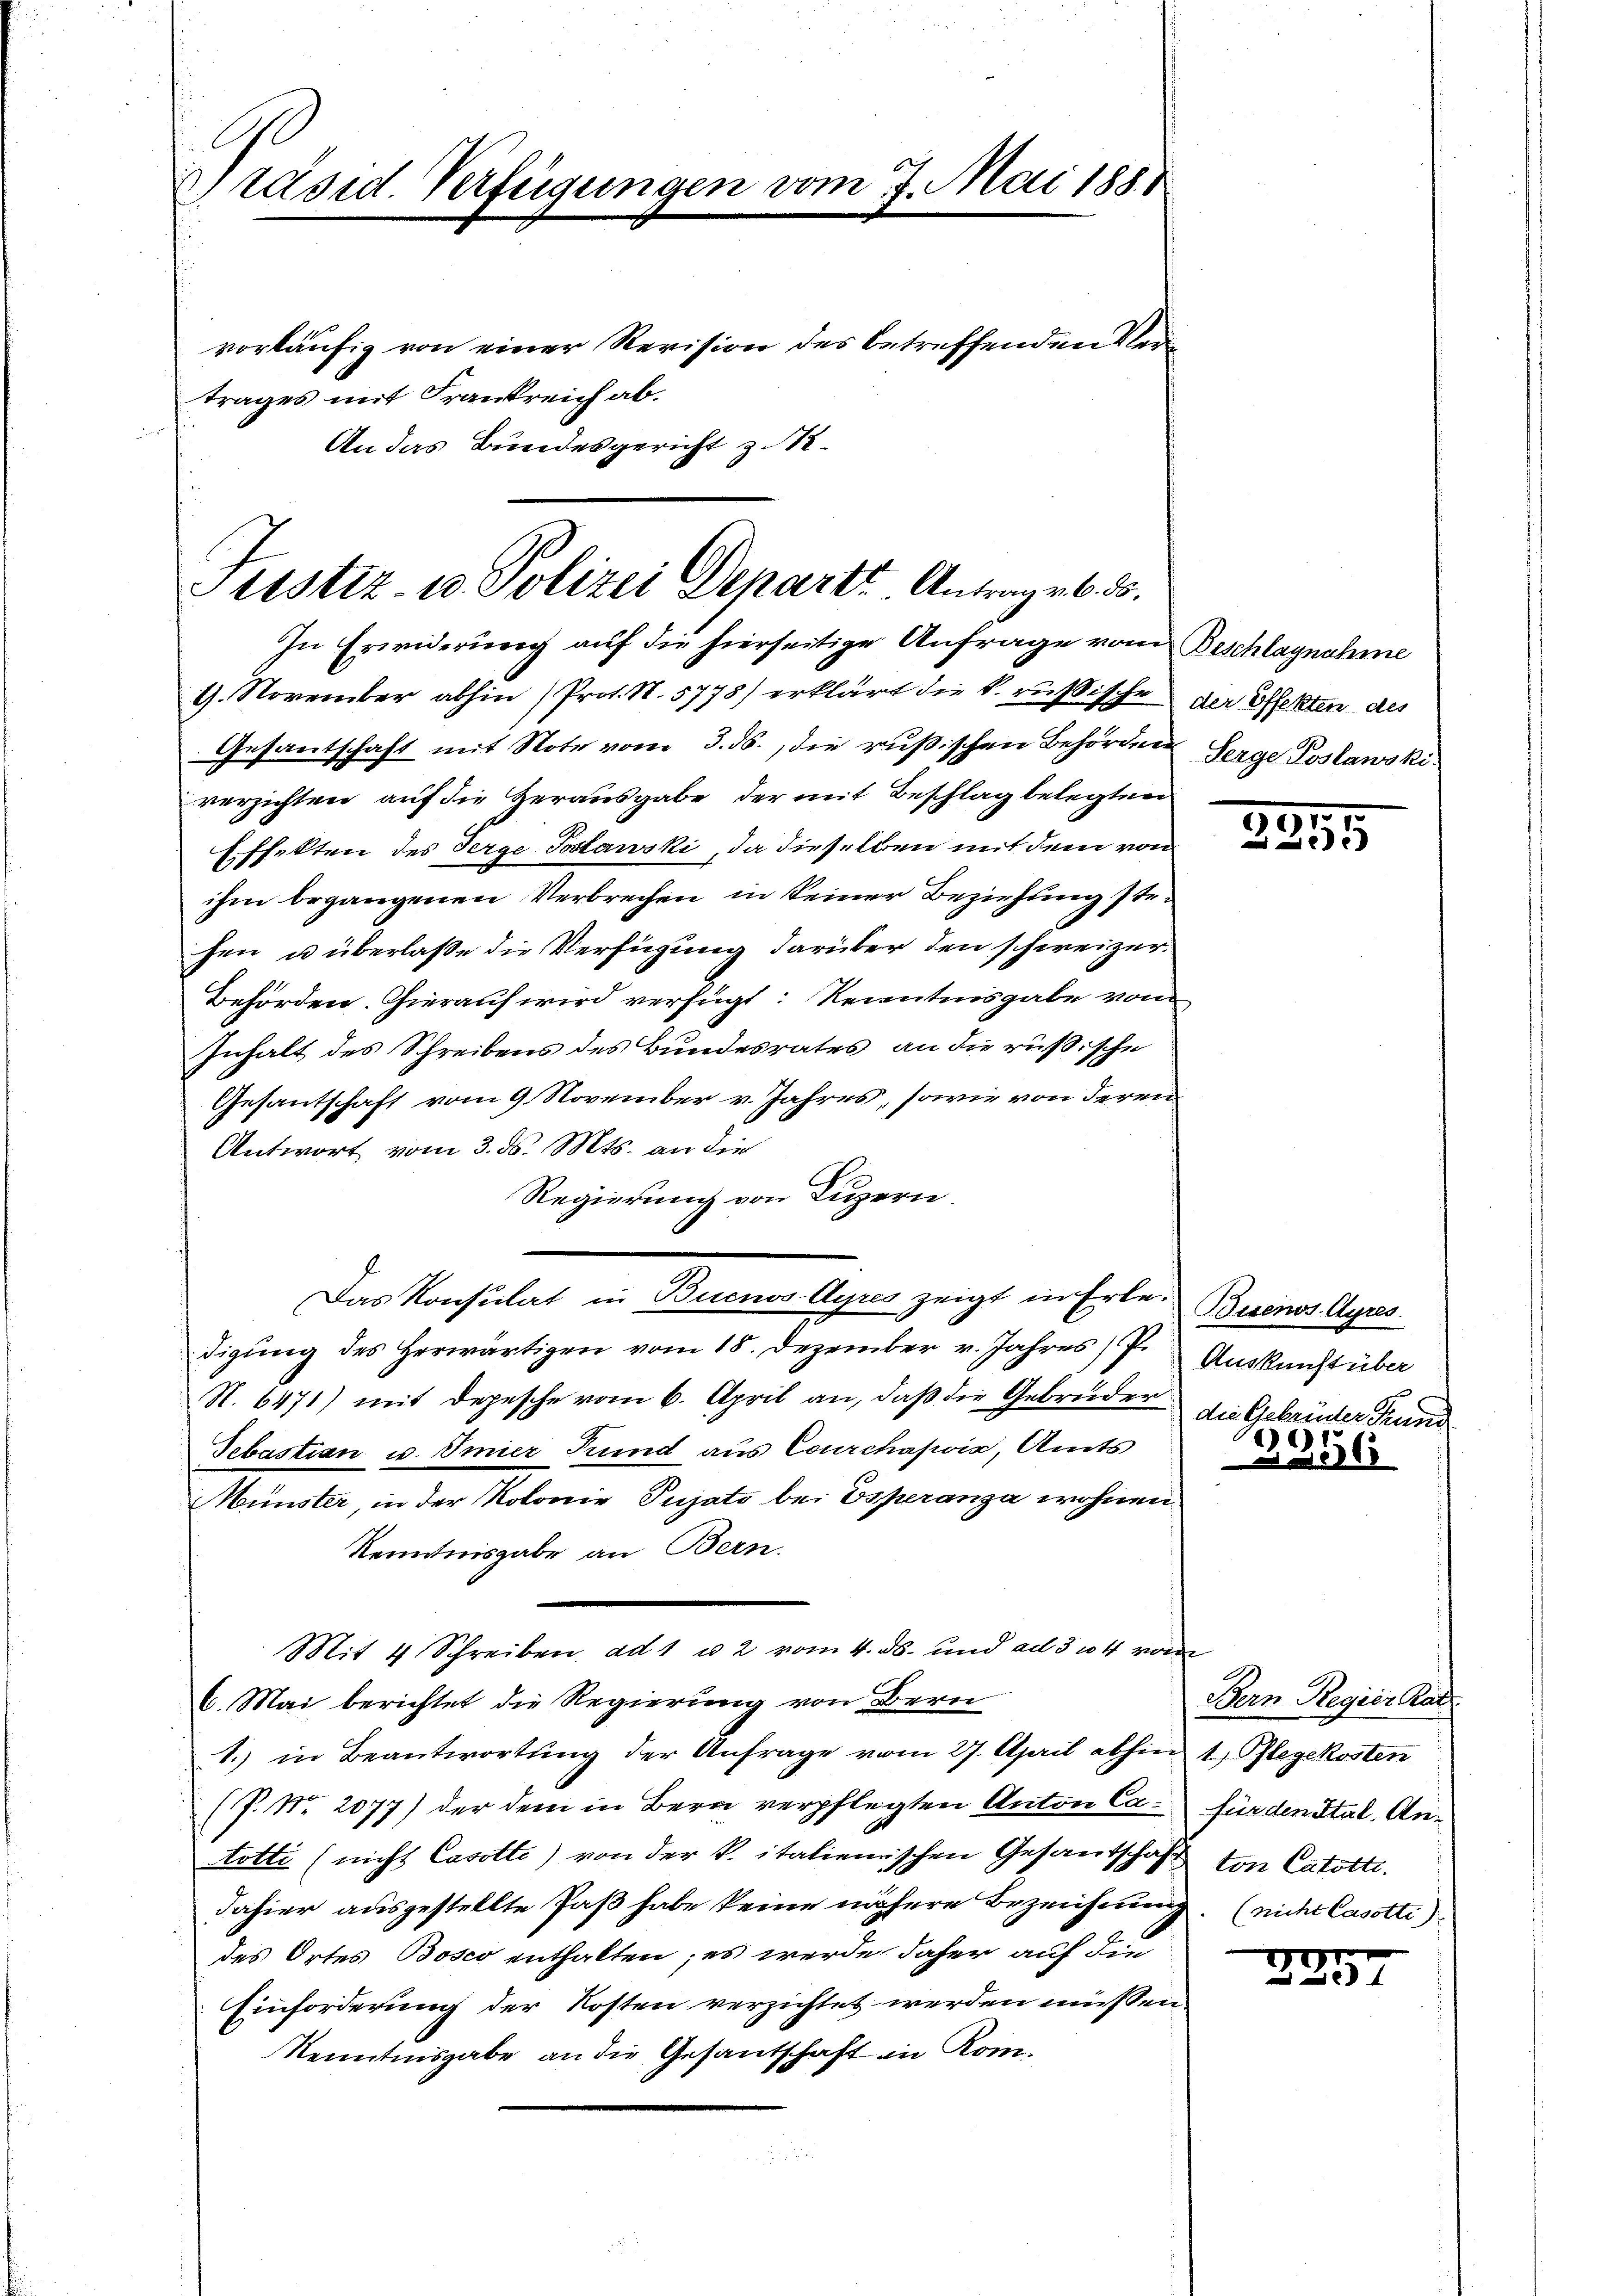
Präsid. Verfügungen vom 7. Mai 1888
vorläufig von einer Revision des betreffenden Ver
trages mit Frankreich ab.
An das Bundesgericht zu 1.

Frister- u Polizei Departe Antrage b. ds.

In Erwiderung auf die hierseitige Anfrage vom Beschlagnahme
1. November abhin (Prot. N. 5778) erklärt die k. russische der Effekten des
Gesantschaft mit Note vom 3. ds., die rußischen Behörden Serge Poslawski
verzichten auf die Herausgabe der mit Beschlag belegten
Effekten des Serge Postawski, da dieselben mit dem von
ihm begangenen Verbrechen in keiner Beziehung stehen u überlaße die Verfügung darüber den schweizer¬
Behörden. Hierauf wird verfügt: Kenntnisgabe vom
Inhalt des Schreibens des Bundesrates an die rußische
Gesantschaft vom 9. November v. Jahres, sowie von deren
Antwort vom 3. ds. Mts. an die
Regierung von Luzern.
digung des Herwärtigen vom 18. Dezember v. Jahres P.
N. 6471) mit Depesche vom 6. April an, daß die Gebrüder die Gebrüder Grund
Sebastian u. Emier Kund aus Courchaswvić, Amts
Münster, in der Kolonie Pujato bei Esperanza wohnen
Kenntnisgabe an Bern.
Mit 4 Schreiben, ad 1 u 2 vom 4. ds. und ad 304 von
6. Mai berichtet die Regierung von Bern
1.) in Beantwortung der Anfrage vom 27. April abhin 1. Pflegekosten
(P. Nr. 2077) der dem in Bern verpflegten Anton Catotti (nicht Casotte) von der k. italienischen Gesandschaft
dahier ausgestellte Paß habe keine nähere Bezeichnung
des Ortes Bosco enthalten; es werde daher auf den
Einforderung der Kosten verzichtet werden müssen.
Kenntnisgabe an die Gesandschaft in Rom.

Das Konsulat in Buenos-Ayres zeigt in Erle: Buenos Ayres

50

Auskunft über

9356

Bern Regier Kat
fürden Stal. Anton Catotti.
(nicht Casotte).

VGr
e